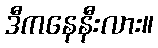
ဒီကနေနီးလား။